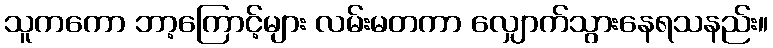
သူကကော ဘာ့ကြောင့်များ လမ်းမတကာ လျှောက်သွားနေရသနည်း။